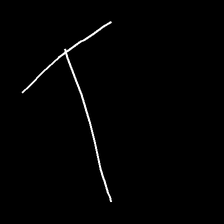
Glyph: column